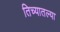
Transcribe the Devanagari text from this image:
तिच्यातल्या